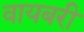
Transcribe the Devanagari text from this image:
वायबरी